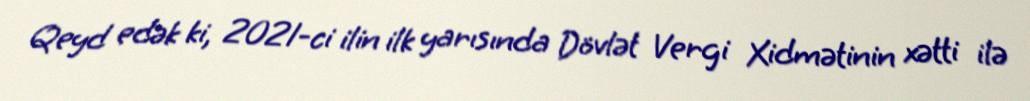
Qeyd edək ki, 2021-ci ilin ilk yarısında Dövlət Vergi Xidmətinin xətti ilə